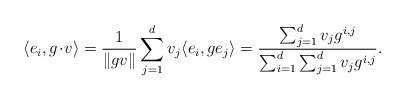
\begin{align*}\langle e_i, g\!\cdot\! v \rangle = \frac{1}{\|gv\|} \sum_{j=1}^d v_j \langle e_i, g e_j \rangle = \frac{ \sum_{j=1}^d v_j g^{i,j} }{ \sum_{i=1}^d \sum_{j=1}^d v_j g^{i,j} }.\end{align*}